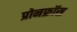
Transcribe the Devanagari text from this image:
प्रोनफ्रॉस